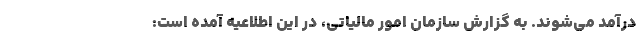
درآمد می‌شوند. به گزارش سازمان امور مالیاتی، در این اطلاعیه آمده است: